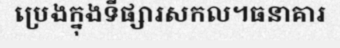
ប្រេងក្នុងទីផ្សារសកល។ធនាគារ